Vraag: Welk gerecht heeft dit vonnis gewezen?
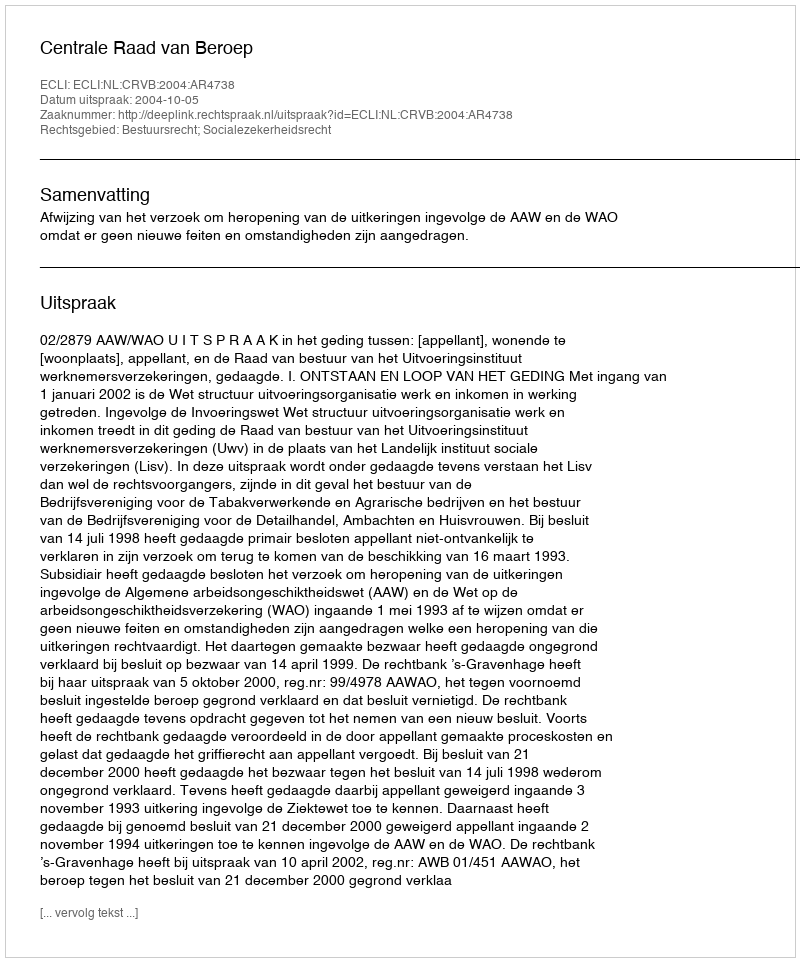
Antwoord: Centrale Raad van Beroep